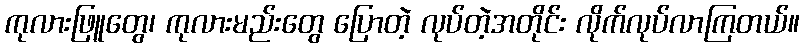
ကုလားဖြူတွေ၊ ကုလားမည်းတွေ ပြောတဲ့ လုပ်တဲ့အတိုင်း လိုက်လုပ်လာကြတယ်။